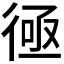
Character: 𢔔